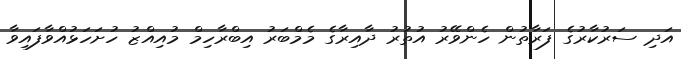
އަދި ސަރުކާރުގެ ފަރާތުން ހެންވޭރު އުތުރު ދާއިރާގެ މެމްބަރު އިބްރާހިމް މުއިއްޒު ހުށަހަޅުއްވާފައިވާ